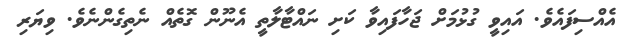
އެއްސިފައެވެ. އައިވީ ގުޅުމަށް ޖަހާފައިވާ ކަށި ނައްޓާލާތީ އެނޫން ގޮތެއް ނެތިގެންނެވެ. ވިޔަރި